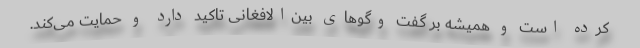
کرده است و همیشه بر گفت وگوهای بین‌الافغانی تاکید دارد و حمایت می‌کند.